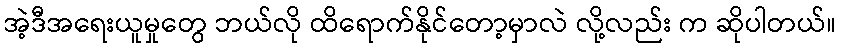
အဲ့ဒီအရေးယူမှုတွေ ဘယ်လို ထိရောက်နိုင်တော့မှာလဲ လို့လည်း က ဆိုပါတယ်။